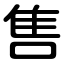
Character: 售